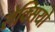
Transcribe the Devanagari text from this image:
रोक्सियो